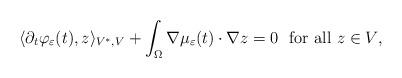
LaTeX: \begin{align*} \langle \partial_t \varphi_{\varepsilon}(t), z \rangle_{V^*,V} + \int_{\Omega} \nabla \mu_{\varepsilon}(t) \cdot \nabla z = 0 \ \ \textrm{for all $z \in V$,} \end{align*}